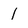
Character: 1